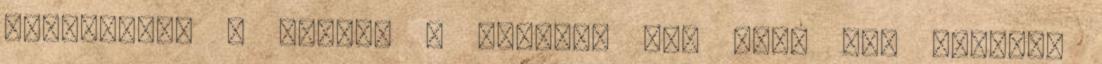
Gyógyulást a Rákból a Halálon Át. Húzz egy kártyát